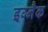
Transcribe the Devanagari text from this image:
इग्नैक